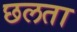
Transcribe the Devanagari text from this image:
छलता